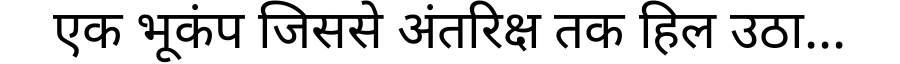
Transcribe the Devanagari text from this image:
एक भूकंप जिससे अंतरिक्ष तक हिल उठा...